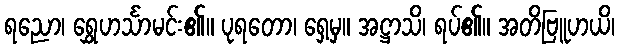
ရညော၊ ရွှေဟင်္သာမင်း၏။ ပုရတော၊ ရှေ့မှ။ အဋ္ဌာသိ၊ ရပ်၏။ အတိဗြူဟယိ၊